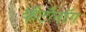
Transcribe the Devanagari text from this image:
कॅटॅलॉग